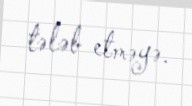
tələb etməyə.